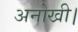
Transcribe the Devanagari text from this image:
अनोखी।